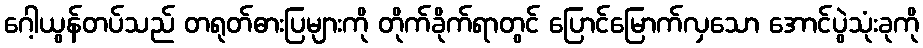
ဂေါ့ယွန်တပ်သည် တရုတ်ဓားပြများကို တိုက်ခိုက်ရာတွင် ပြောင်မြောက်လှသော အောင်ပွဲသုံးခုကို